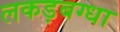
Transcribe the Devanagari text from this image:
लकड़बग्धा